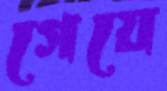
গেয়ে